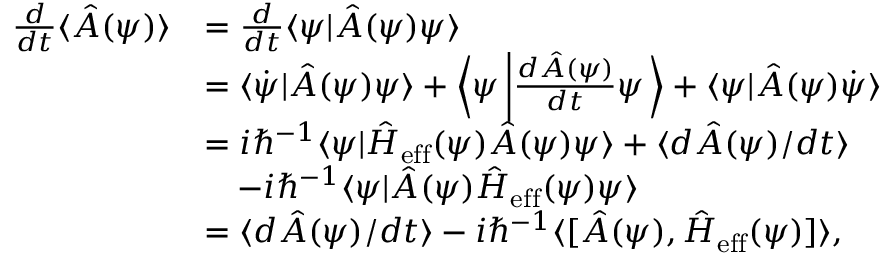
\begin{array} { r l } { \frac { d } { d t } \langle \hat { A } ( \psi ) \rangle } & { = \frac { d } { d t } \langle \psi | \hat { A } ( \psi ) \psi \rangle } \\ & { = \langle \dot { \psi } | \hat { A } ( \psi ) \psi \rangle + \left\langle \psi \left\vert \frac { d \hat { A } ( \psi ) } { d t } \psi \right. \right\rangle + \langle \psi | \hat { A } ( \psi ) \dot { \psi } \rangle } \\ & { = i \hbar ^ { - 1 } \langle \psi | \hat { H } _ { \mathrm { e f f } } ( \psi ) \hat { A } ( \psi ) \psi \rangle + \langle d \hat { A } ( \psi ) / d t \rangle } \\ & { ~ ~ ~ - i \hbar ^ { - 1 } \langle \psi | \hat { A } ( \psi ) \hat { H } _ { \mathrm { e f f } } ( \psi ) \psi \rangle } \\ & { = \langle d \hat { A } ( \psi ) / d t \rangle - i \hbar ^ { - 1 } \langle \lbrack \hat { A } ( \psi ) , \hat { H } _ { \mathrm { e f f } } ( \psi ) ] \rangle , } \end{array}